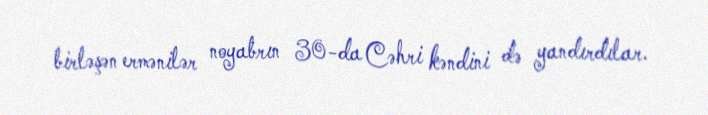
birləşən ermənilər noyabrın 30-da Cəhri kəndini də yandırdılar.